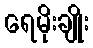
ရေမိုးချိုး